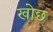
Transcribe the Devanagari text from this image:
खोछ